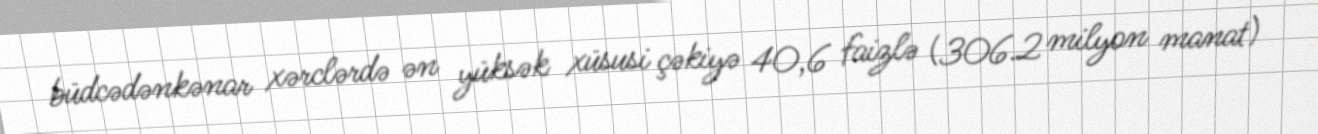
büdcədənkənar xərclərdə ən yüksək xüsusi çəkiyə 40,6 faizlə (306.2 milyon manat)